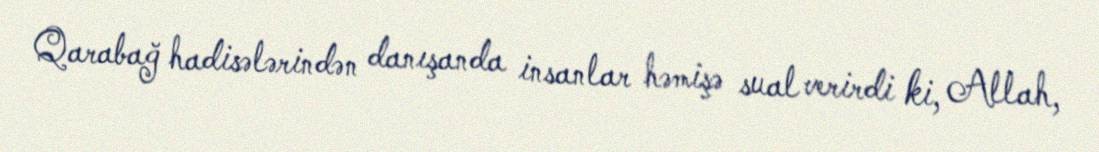
Qarabağ hadisələrindən danışanda insanlar həmişə sual verirdi ki, Allah,